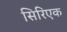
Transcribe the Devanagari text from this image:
सिरिएक